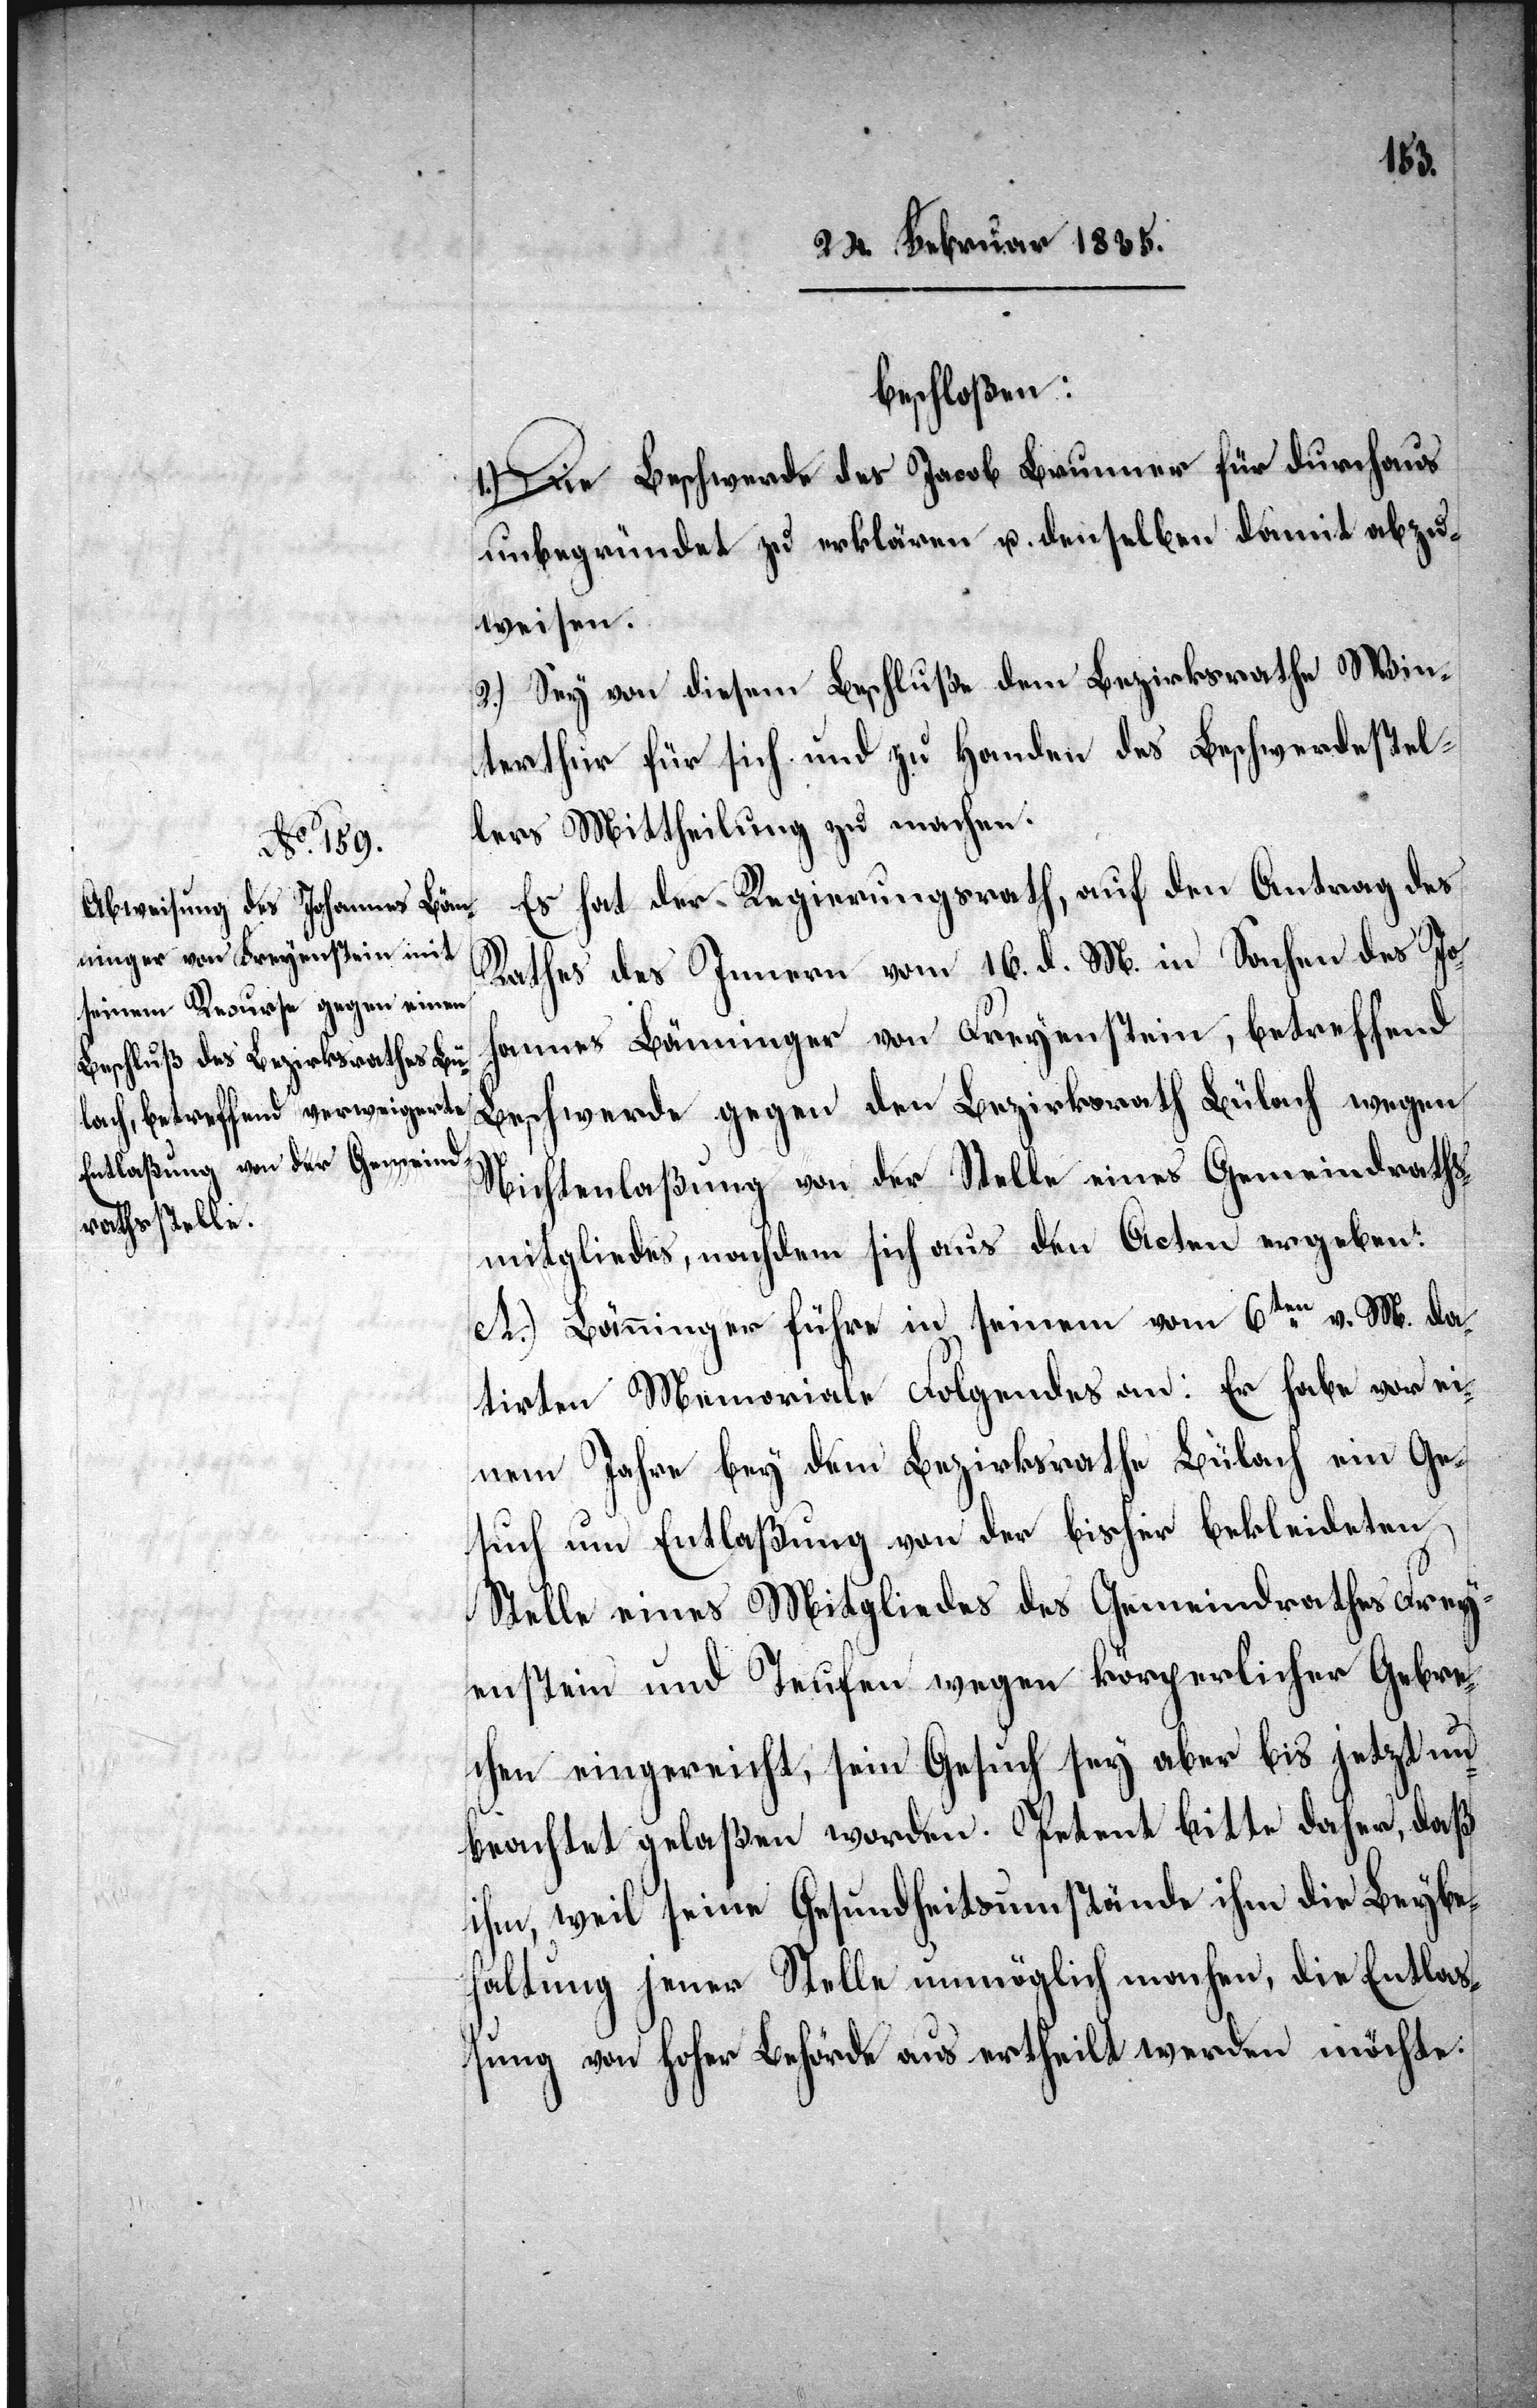
beschloßen:
1.) Die Beschwerde des Jacob Brunner für durchaus
unbegründet zu erklären u. denselben damit abzu¬
weisen.
2. Sey von diesem Beschluße dem Bezirksrathe Win¬
terthur für sich und zu Handen des Beschwerdestel¬
lers Mittheilung zu machen.
Es hat der Regierungsrath, auf den Antrag des
Rathes des Innern vom 16. d. M. in Sachen des Joh¬
annes Bänninger von Freyenstein, betreffend
Beschwerde gegen den Bezirksrath Bülach wegen
Nichten[t]laßung von der Stelle eines Gemeindraths¬
mitgliedes, nachdem sich aus den Acten ergeben:
A.) Bänninger führe in seinem vom 6ten v. M. da¬
tirten Memoriale Folgendes an: Er habe vor ei¬
nem Jahre bey dem Bezirksrathe Bülach ein Ge¬
such um Entlaßung von der bisher bekleideten
Stelle eines Mitgliedes des Gemeindrathes Frey¬
enstein und Teufen wegen körperlicher Gebre¬
chen eingereicht, sein Gesuch sey aber bis jetzt un¬
beachtet gelaßen worden. Petent bitte daher, daß
ihm, weil seine Gesundheitsumstände ihm die Beybeh¬
altung jener Stelle unmöglich machen, die Entlaß¬
ung von Hoher Behörde aus ertheilt werden möchte.